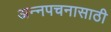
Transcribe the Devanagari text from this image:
अन्‍नपचनासाठी